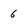
Character: 6